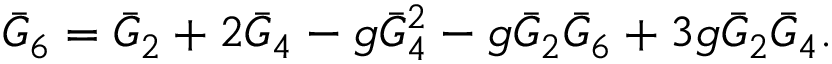
\bar { G } _ { 6 } = \bar { G } _ { 2 } + 2 \bar { G } _ { 4 } - g \bar { G } _ { 4 } ^ { 2 } - g \bar { G } _ { 2 } \bar { G } _ { 6 } + 3 g \bar { G } _ { 2 } \bar { G } _ { 4 } .